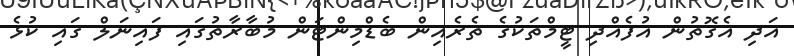
އަދި އެގޮތުން އުފެއްދި ޓީމްތަކުގެ ތެރެއިން ބެޑްމިންޓަން މުބާރާތުގައި ފައިނަލް ގައި ކުޅެ